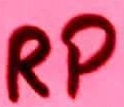
Text: RP